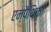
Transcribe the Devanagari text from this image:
एम्पैथिका